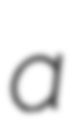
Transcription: a